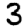
Digit: 3